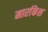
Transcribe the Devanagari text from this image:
मार्राकेश